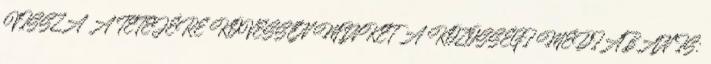
VISSZA A TETEJÉRE KÖVESSEN MINKET A KÖZÖSSÉGI MÉDIÁBAN IS: